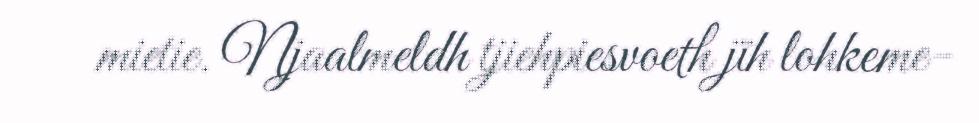
mietie. Njaalmeldh tjiehpiesvoeth jïh lohkeme-